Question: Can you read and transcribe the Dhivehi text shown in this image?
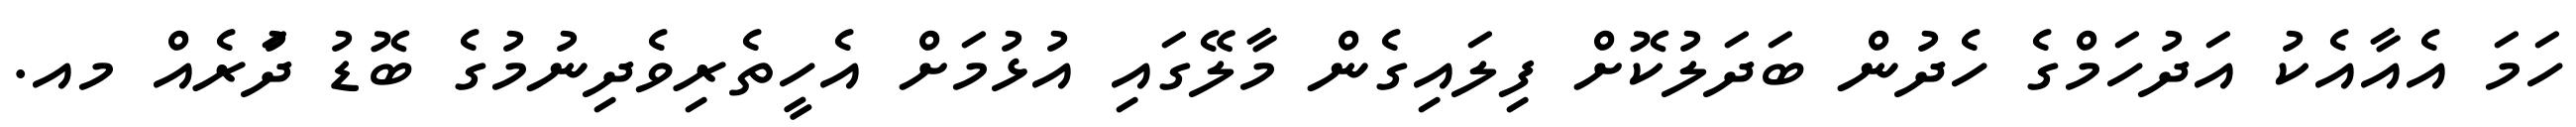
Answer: ހަމަ އެއާއެކު އަދުހަމްގެ ހެދުން ބަދަލުކޮށް ފިލައިގެން މާލޭގައި އުޅުމަށް އެހީތެރިވެދިނުމުގެ ބޮޑު ދަުރެއް މއ.